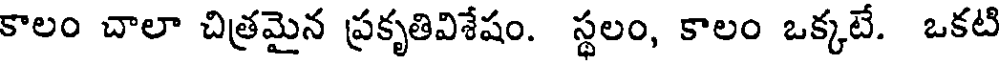
కాలం చాలా చిత్రమైన ప్రకృతివిశేషం. స్థలం, కాలం ఒక్కటే. ఒకటి